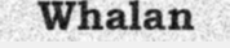
Whalan